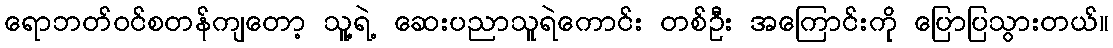
ရောဘတ်ဝင်စတန်ကျတော့ သူ့ရဲ့ ဆေးပညာသူရဲကောင်း တစ်ဦး အကြောင်းကို ပြောပြသွားတယ်။